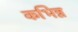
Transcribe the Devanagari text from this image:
कभिन्न